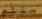
ستتم